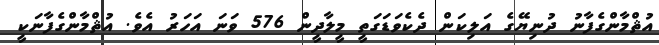
އުޘްމާންގެފާނު ދުނިޔޭގެ އަލިކަން ދެކެވަޑަގަތީ މީލާދީން 576 ވަނަ އަހަރު އެވެ. އުޘްމާންގެފާނަކީ